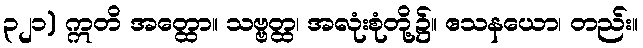
၃၂၁) ဣတိ အတ္ထော။ သဗ္ဗတ္ထ၊ အလုံးစုံတို့၌။ ဧသနယော၊ တည်း။